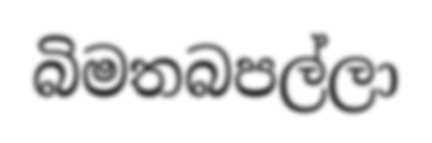
බිමතබපල්ලා